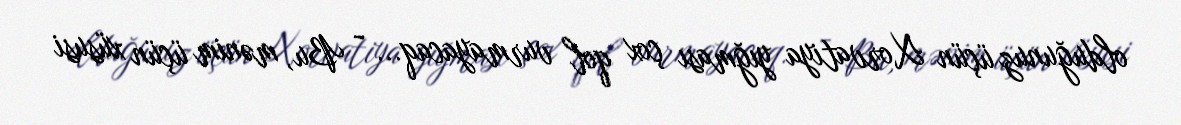
olduğunuz üçün Xorvatiya yığması çox qol vurmayacaq... - Bu, mənim üçün xüsusi